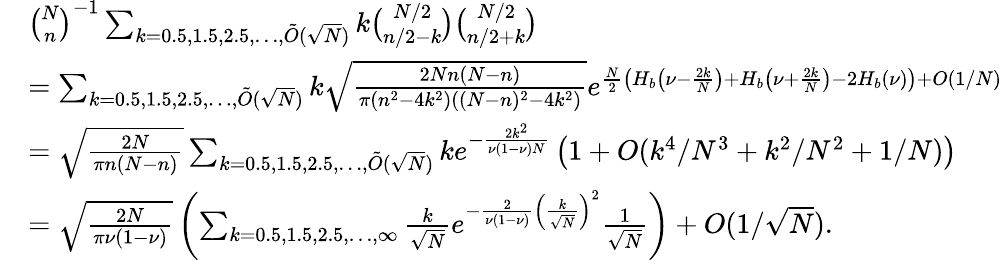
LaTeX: \begin{array}{rl}&{{\binom{N}{n}}^{-1}\sum_{k=0.5,1.5,2.5,\ldots,\tilde{O}(\sqrt N)}k{\binom{N/2}{n/2-k}}{\binom{N/2}{n/2+k}}}\\ &{=\sum_{k=0.5,1.5,2.5,\ldots,\tilde{O}(\sqrt N)}k\sqrt{\frac{2Nn(N-n)}{\pi(n^{2}-4k^{2})((N-n)^{2}-4k^{2})}}e^{\frac N2\left(H_{b}\left(\nu-\frac{2k}N\right)+H_{b}\left(\nu+\frac{2k}N\right)-2H_{b}(\nu)\right)+O(1/N)}}\\ &{=\sqrt{\frac{2N}{\pi n(N-n)}}\sum_{k=0.5,1.5,2.5,\ldots,\tilde{O}(\sqrt N)}ke^{-\frac{2k^{2}}{\nu(1-\nu)N}}\left(1+O(k^{4}/N^{3}+k^{2}/N^{2}+1/N)\right)}\\ &{=\sqrt{\frac{2N}{\pi\nu(1-\nu)}}\left(\sum_{k=0.5,1.5,2.5,\ldots,\infty}\frac k{\sqrt N}e^{-\frac 2{\nu(1-\nu)}\left(\frac k{\sqrt N}\right)^{2}}\frac 1{\sqrt N}\right)+O(1/\sqrt N).}\end{array}